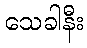
သေခါနီး